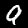
Digit: 9